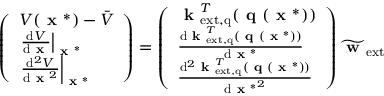
\left( \begin{array} { l } { V ( \textbf { x } ^ { * } ) - \bar { V } } \\ { \left. \frac { \mathrm { d } V } { \mathrm { d } \textbf { x } } \right| _ { \textbf { x } ^ { * } } } \\ { \left. \frac { \mathrm { d } ^ { 2 } V } { \mathrm { d } \textbf { x } ^ { 2 } } \right| _ { \textbf { x } ^ { * } } } \end{array} \right) = \left( \begin{array} { l } { \textbf { k } _ { \mathrm { e x t , q } } ^ { T } ( \textbf { q } ( \textbf { x } ^ { * } ) ) } \\ { \frac { \mathrm { d } \textbf { k } _ { \mathrm { e x t , q } } ^ { T } ( \textbf { q } ( \textbf { x } ^ { * } ) ) } { \mathrm { d } \textbf { x } ^ { * } } } \\ { \frac { \mathrm { d } ^ { 2 } \textbf { k } _ { \mathrm { e x t , q } } ^ { T } ( \textbf { q } ( \textbf { x } ^ { * } ) ) } { \mathrm { d } { \textbf { x } ^ { * } } ^ { 2 } } } \end{array} \right) \widetilde { \textbf { w } } _ { \mathrm { e x t } }